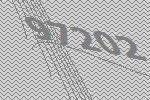
97202